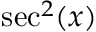
\sec ^ { 2 } ( x )